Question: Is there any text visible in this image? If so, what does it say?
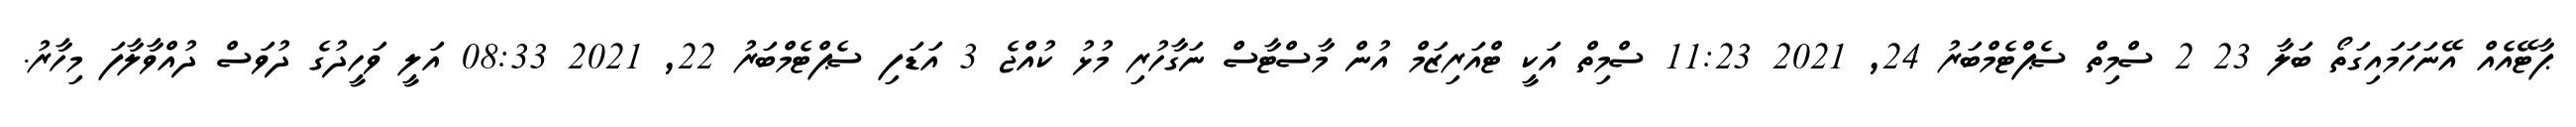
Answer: ޕާޓޭއެއް އޭނަހަމައިގަތޯ ބަލާ 23 2 ސްމިތް ސެޕްޓެމްބަރު 24, 2021 11:23 ސްމިތް އަކީ ޓްއަރިޒަމް އުން މާސްޓާސް ނަގާހުރި މުޅު ކުއްޖެ 3 އަޑަފި ސެޕްޓެމްބަރު 22, 2021 08:33 އަލީ ވަހީދުގެ ދުވަސް ދުއްވާލާފަ މިހާރު.